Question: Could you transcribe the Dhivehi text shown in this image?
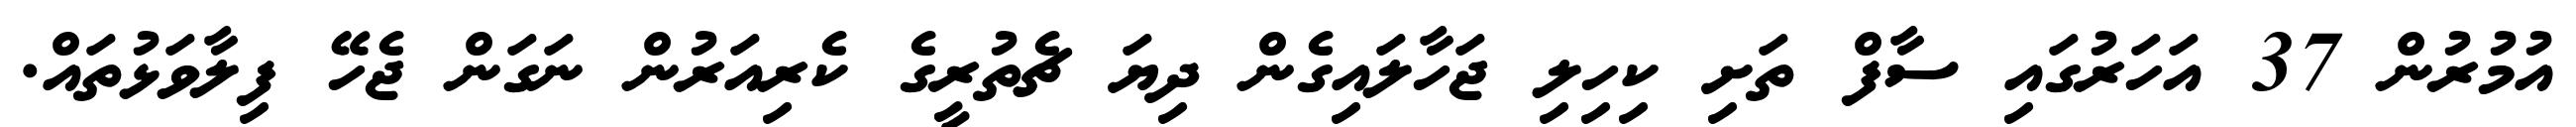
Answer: އުމުރުން 37 އަހަރުގައި ސާފް ތަށި ކިހިލި ޖަހާލައިގެން ދިޔަ ޗެތުރީގެ ކެރިއަރުން ނަގަން ޖެހޭ ފިލާވަޅުތައް.